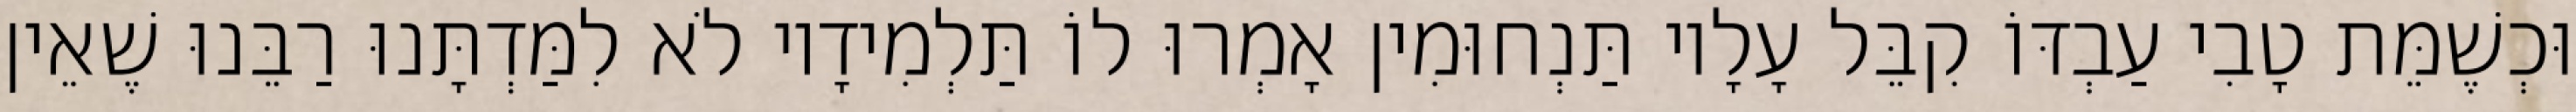
וּכְשֶׁמֵּת טָבִי עַבְדּוֹ קִבֵּל עָלָיו תַּנְחוּמִין אָמְרוּ לוֹ תַּלְמִידָיו לֹא לִמַּדְתָּנוּ רַבֵּנוּ שֶׁאֵין